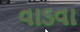
વાડવા